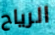
الرياح